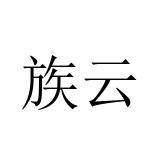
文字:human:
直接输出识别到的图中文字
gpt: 族云